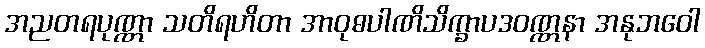
အညတရပုဏ္ဏာ သတိရဟိတာ အာဝုဓပါဏိသိက္ခာပဒဝဏ္ဏနာ အနုဘဝေါ